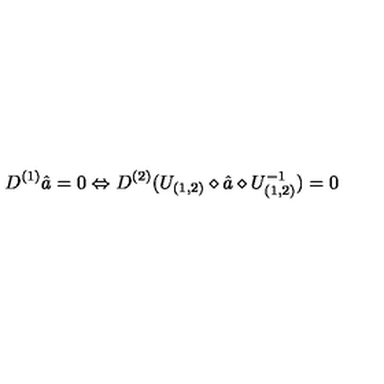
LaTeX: D ^ { ( 1 ) } \hat { a } = 0 \Leftrightarrow D ^ { ( 2 ) } ( U _ { ( 1 , 2 ) } \diamond \hat { a } \diamond U _ { ( 1 , 2 ) } ^ { - 1 } ) = 0